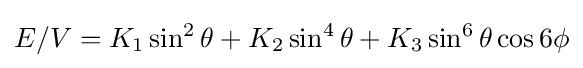
E/V=K_{1}\sin ^{2}\theta +K_{2}\sin ^{4}\theta +K_{3}\sin ^{6}\theta \cos 6\phi